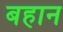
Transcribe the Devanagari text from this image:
बहान